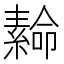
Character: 𦅫